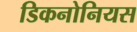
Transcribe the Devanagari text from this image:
डिकनोनियस